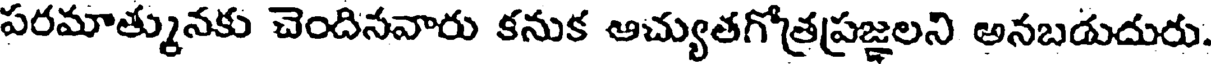
పరమాత్మునకు చెందినవారు కనుక ఆచ్యుతగోత్రప్రజ్ఞలని అనబడుదురు.